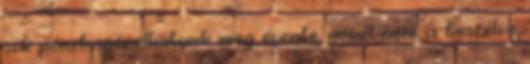
sok pénzt spórolhatunk meg évente, arról nem is beszélve,